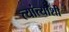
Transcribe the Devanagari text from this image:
त्यांत्याशी